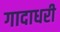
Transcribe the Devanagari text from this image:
गादाधरी